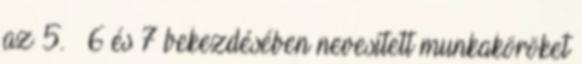
az 5. § 6 és 7 bekezdésében nevesített munkaköröket